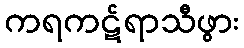
ကရကဋ်ရာသီဖွား